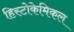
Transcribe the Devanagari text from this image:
हिस्टोकेमिकल